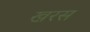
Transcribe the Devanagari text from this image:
खरस